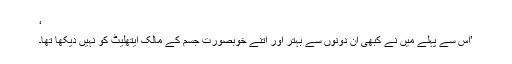
‘
’اس سے پہلے میں نے کبھی ان دونوں سے بہتر اور اتنے خوبصورت جسم کے مالک ایتھلیٹ کو نہیں دیکھا تھا۔